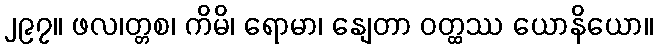
၂၉၇။ ဖလ၊တ္တစ၊ ကိမိ၊ ရောမာ၊ နျေတာ ဝတ္ထဿ ယောနိယော။